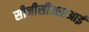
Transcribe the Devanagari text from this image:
सीजीसीआरआई